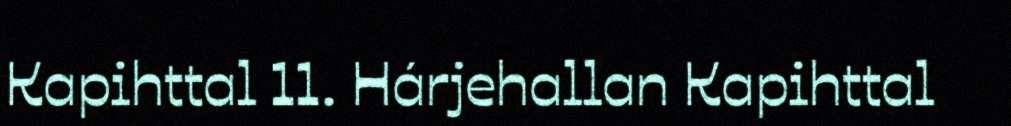
Kapihttal 11. Hárjehallan Kapihttal